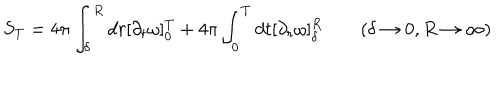
S _ { T } = 4 \pi \int _ { \delta } ^ { R } d r [ \partial _ { t } \omega ] _ { 0 } ^ { T } + 4 \pi \int _ { 0 } ^ { T } d t [ \partial _ { r } \omega ] _ { \delta } ^ { R } \qquad ( \delta \rightarrow 0 , R \rightarrow \infty )